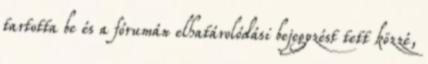
tartotta be és a fórumán elhatárolódási bejegyzést tett közzé,